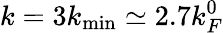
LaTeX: k=3k_{\mathrm{min}}\simeq 2.7k_{F}^{0}